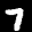
Label: 7